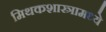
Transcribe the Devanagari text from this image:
मिथकशास्त्रामध्ये